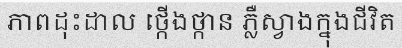
ភាពដុះដាល ថ្កើងថ្កាន ភ្លឺស្វាងក្នុងជីវិត